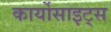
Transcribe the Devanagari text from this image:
कार्योसाइट्स